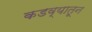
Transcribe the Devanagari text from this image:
कडव्यातून